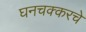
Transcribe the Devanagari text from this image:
घनचक्करचे